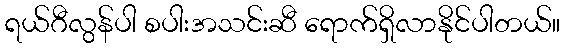
ရယ်ဂီလွန်ပါ စပါးအသင်းဆီ ရောက်ရှိလာနိုင်ပါတယ်။